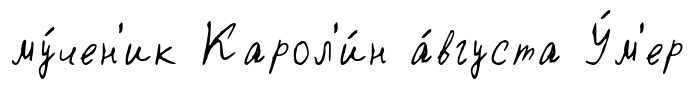
му́чен'ик Карол'и́н а́вгуста У́м'ер